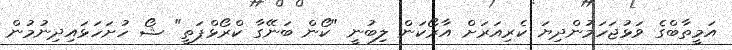
އަމީތާބްގެ ވަޅުޖަހަމުންދިޔަ ކެރިއަރަށް އާރޯކަން ލިބުނީ "ކޯން ބަނޭގާ ކްރޯޅްޕަތީ" ޝޯ ހުށަހަޅައިދިނުމުން